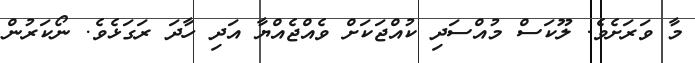
މާ ވަރަށެވެ. ލޫކަސް މުއްސަދި ކުއްޖަކަށް ވެއްޖެއްޔާ އަދި ހާދަ ރަގަޅެވެ. ނޯކަރުން